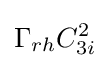
\Gamma _{rh}C_{3i}^{2}